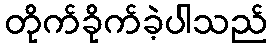
တိုက်ခိုက်ခဲ့ပါသည်